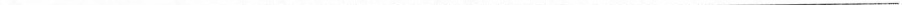
___